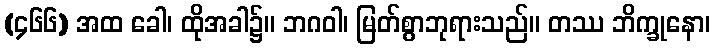
(၄၆၆) အထ ခေါ၊ ထိုအခါ၌။ ဘဂဝါ၊ မြတ်စွာဘုရားသည်။ တဿ ဘိက္ခုနော၊